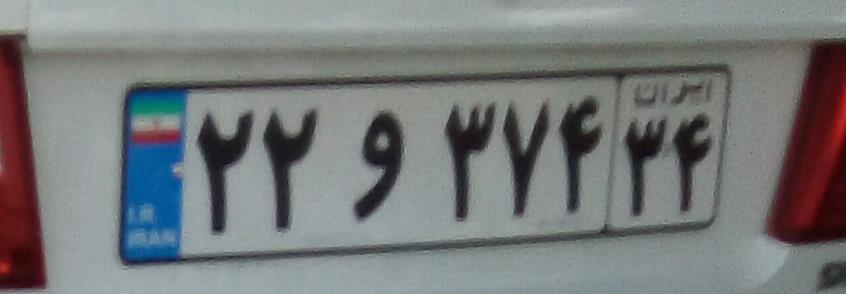
۲۲و۳۷۴۳۴